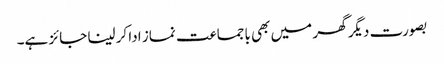
بصورت دیگر گھر میں بھی باجماعت نماز ادا کر لینا جائز ہے۔